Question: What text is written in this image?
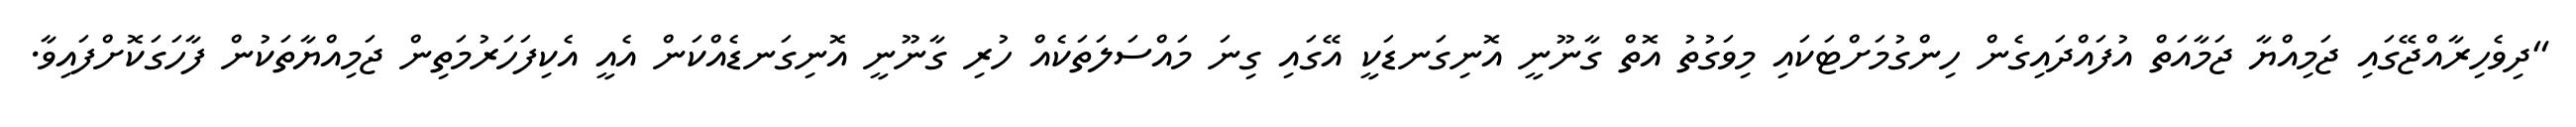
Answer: "ދިވެހިރާއްޖޭގައި ޖަމިއްޔާ ޖަމާއަތް އުފައްދައިގެން ހިންގުމަށްޓަކައި މިވަގުތު އޮތް ގާނޫނީ އޮނިގަނޑަކީ އޭގައި ގިނަ މައްސަލަތަކެއް ހުރި ގާނޫނީ އޮނިގަނޑެއްކަން އެއީ އެކިފަހަރުމަތިން ޖަމިއްޔާތަކުން ފާހަގަކޮށްފައިވާ.